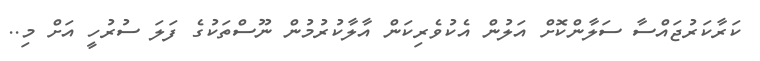
ކަރާކަރުޖައްސާ ސަލާންކޮށް އަލުން އެކުވެރިކަން އާލާކުރުމުން ނޫސްތަކުގެ ފަލަ ސުރުހީ އަށް މި..